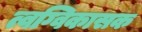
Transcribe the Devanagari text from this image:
त्वग्विकासक